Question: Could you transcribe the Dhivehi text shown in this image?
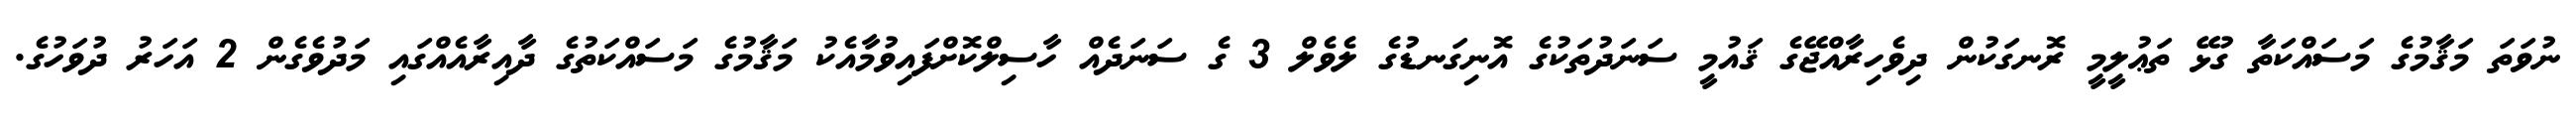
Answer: ނުވަތަ މަޤާމުގެ މަސައްކަތާ ގުޅޭ ތަޢުލީމީ ރޮނގަކުން ދިވެހިރާއްޖޭގެ ޤައުމީ ސަނަދުތަކުގެ އޮނިގަނޑުގެ ލެވެލް 3 ގެ ސަނަދެއް ހާސިލްކޮށްފައިވުމާއެކު މަޤާމުގެ މަސައްކަތުގެ ދާއިރާއެއްގައި މަދުވެގެން 2 އަހަރު ދުވަހުގެ.